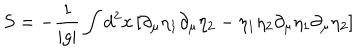
S = - { \frac { 1 } { | g | } } \int d ^ { 2 } x \left[ \partial _ { \mu } \eta _ { 1 } \partial _ { \mu } \eta _ { 2 } - \eta _ { 1 } \eta _ { 2 } \partial _ { \mu } \eta _ { 1 } \partial _ { \mu } \eta _ { 2 } \right]